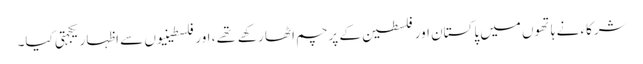
شرکاء نے ہاتھوں میں پاکستان اور فلسطین کے پرچم اٹھا رکهے تهے، اور فلسطینیوں سے اظہار یکجہتی کیا۔